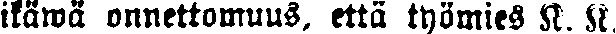
ikäwä onnettomuus, että työmies K. K.